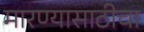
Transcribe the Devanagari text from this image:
मारण्यासाठीचा